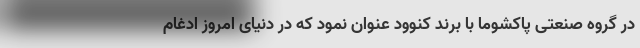
در گروه صنعتی پاکشوما با برند کنوود عنوان نمود که در دنیای امروز ادغام